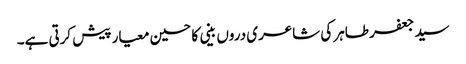
سید جعفر طاہر کی شاعری دروں بینی کا حسین معیار پیش کرتی ہے۔